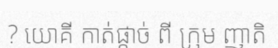
? យោគី កាត់ផ្តាច់ ពី ក្រុម ញាតិ